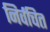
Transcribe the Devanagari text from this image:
निर्वचित